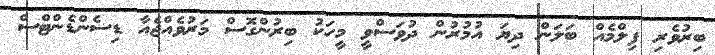
ބިރުވެރި ފިލްމެއް ބަލަން ދިޔަ އުމުރުން ދުވަސްވީ މީހަކު ބިރުންގޮސް މަރުވެއްޖެއާ ޑިސެންޑެންޓްސް